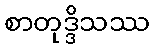
စာတုဒ္ဒိသဿ